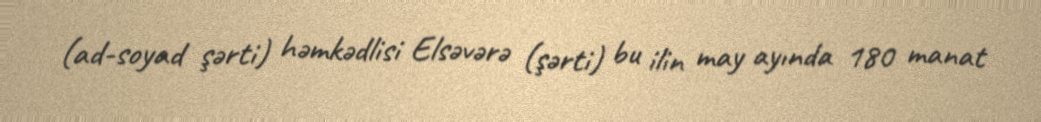
(ad-soyad şərti) həmkədlisi Elsəvərə (şərti) bu ilin may ayında 180 manat